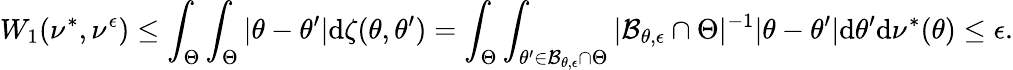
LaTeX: W_{1}(\nu^{*},\nu^{\epsilon})\leq\int_{\Theta}\int_{\Theta}|\theta-\theta^{\prime}|\mathrm{d}\zeta(\theta,\theta^{\prime})=\int_{\Theta}\int_{\theta^{\prime}\in\mathcal{B}_{\theta,\epsilon}\cap\Theta}|\mathcal{B}_{\theta,\epsilon}\cap\Theta|^{-1}|\theta-\theta^{\prime}|\mathrm{d}\theta^{\prime}\mathrm{d}\nu^{*}(\theta)\leq\epsilon.